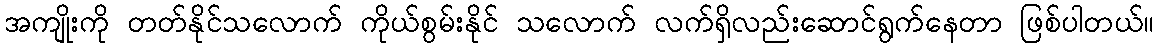
အကျိုးကို တတ်နိုင်သလောက် ကိုယ်စွမ်းနိုင် သလောက် လက်ရှိလည်းဆောင်ရွက်နေတာ ဖြစ်ပါတယ်။